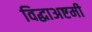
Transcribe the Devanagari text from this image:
विद्धाअष्टमी